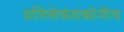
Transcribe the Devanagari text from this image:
प्रतिसेकंदकोनीय